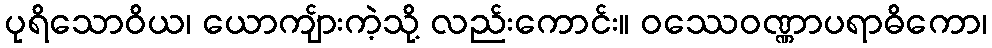
ပုရိသောဝိယ၊ ယောကျ်ားကဲ့သို့ လည်းကောင်း။ ဝဿေဝဏ္ဏာပရာဓိကော၊